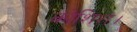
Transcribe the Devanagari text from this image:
कोशिश।